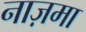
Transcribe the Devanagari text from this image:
नाज़मा